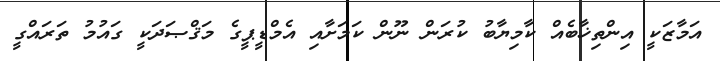
އަމާޒަކީ އިންތިޚާބެއް ކާމިޔާބު ކުރަން ނޫން ކަމަށާއި އެމްޑީޕީގެ މަޤްޞަދަކީ ގައުމު ތަރައްގީ